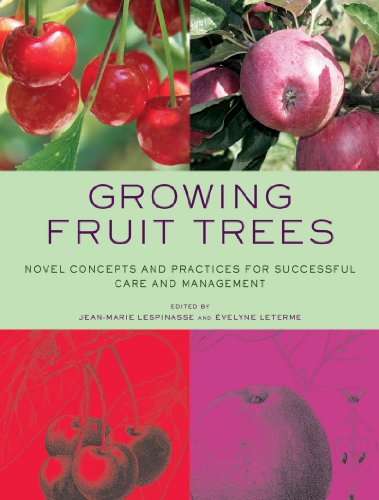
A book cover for Growing Fruit Trees: Novel Concepts and Practices for Successful Care and Management; Crafts, Hobbies & Home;